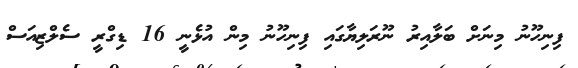
ފިނިހޫނު މިނަށް ބަލާއިރު ނޫރަލިޔާގައި ފިނިހޫނު މިން އުޅެނީ 16 ޑިގްރީ ސެލްޒިއަސް